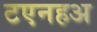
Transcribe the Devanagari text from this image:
टएनहअ